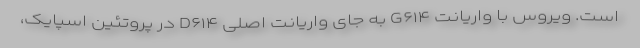
است. ویروس با واریانت G۶۱۴ به جای واریانت اصلی D۶۱۴ در پروتئین اسپایک،